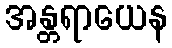
အန္တရာယေန